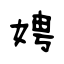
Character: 娉